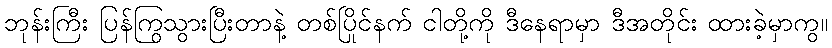
ဘုန်းကြီး ပြန်ကြွသွားပြီးတာနဲ့ တစ်ပြိုင်နက် ငါတို့ကို ဒီနေရာမှာ ဒီအတိုင်း ထားခဲ့မှာကွ။